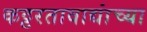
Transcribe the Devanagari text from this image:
कट्टरतावाद्यांच्या